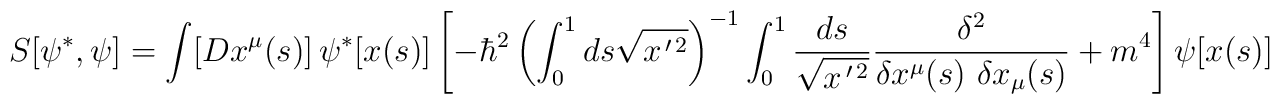
S[\psi^*,\psi]=	\int [Dx^\mu(s)]\,\psi^*[x(s)]	\left[-\hbar^2\left(\int_0^1 ds\sqrt{x^{\,\prime\, 2}}\right)^{-1}	\int_0^1 {ds\over\sqrt{x^{\,\prime\, 2}}}	{\delta^2\over \delta x^\mu(s)\ \delta x_\mu(s)} +m^4\right]	\psi[x(s)]\nonumber\\